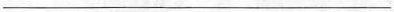
___